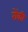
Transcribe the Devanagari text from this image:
रोंकी